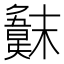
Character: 𣝖